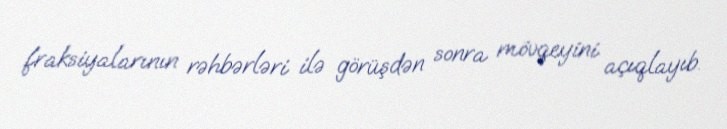
fraksiyalarının rəhbərləri ilə görüşdən sonra mövqeyini açıqlayıb.